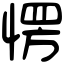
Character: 愣